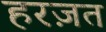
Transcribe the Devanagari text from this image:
हरज़त